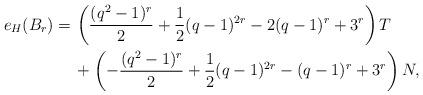
LaTeX: \begin{align*} e_{H}(B_r) =\, & \left(\frac{(q^2-1)^r}2+\frac12 (q-1)^{2r}- 2(q-1)^r+3^r \right) T \\ &+ \left(- \frac{(q^2-1)^r}2+\frac12 (q-1)^{2r}- (q-1)^r+3^r \right) N , \end{align*}